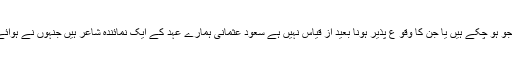
سعود عثمانی نے ان تمام عوامل کی نشان دہی کی ہے جو ہو چکے ہیں یا جن کا وقو ع پذیر ہونا بعید از قیاس نہیں ہے سعود عثمانی ہمارے عہد کے ایک نمائندہ شاعر ہیں جنہوں نے ہوائے جورو ستم میں بھی رخ وفا کو فروزاں رکھا ہوا ہے ۔